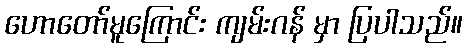
ဟောတော်မူကြောင်း ကျမ်းဂန် မှာ ပြပါသည်။